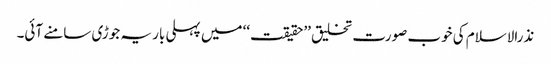
نذرالاسلام کی خوب صورت تخلیق ’’حقیقت‘‘ میں پہلی بار یہ جوڑی سامنے آئی۔